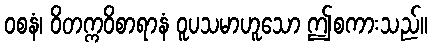
ဝစနံ၊ ဝိတက္ကဝိစာရာနံ ဝူပသမာဟူသော ဤစကားသည်။